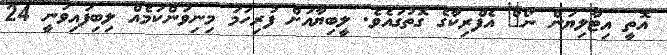
އޮތީ އިޓާލިޔަން ނޯ^ް އެފްރިކާގެ ގޮތުގައެވެ. ލީބިޔާއަށް ފުރިހަމަ މިނިވަންކަމެއް ލިބިފައިވަނީ 24